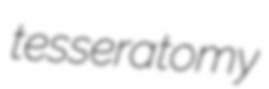
tesseratomy